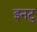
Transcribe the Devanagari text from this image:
इनटु